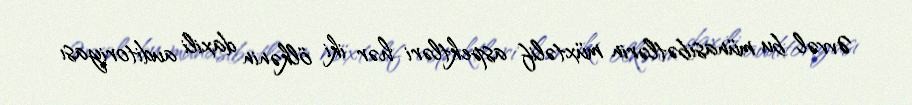
Əvvəl bu münasibətlərin müxtəlif aspektləri hər iki ölkənin daxili auditoriyası